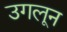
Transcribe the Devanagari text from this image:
उगलून